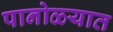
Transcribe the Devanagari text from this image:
पानोळ्यात